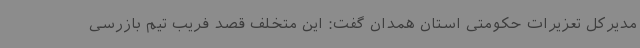
مدیرکل تعزیرات حکومتی استان همدان گفت: این متخلف قصد فریب تیم بازرسی